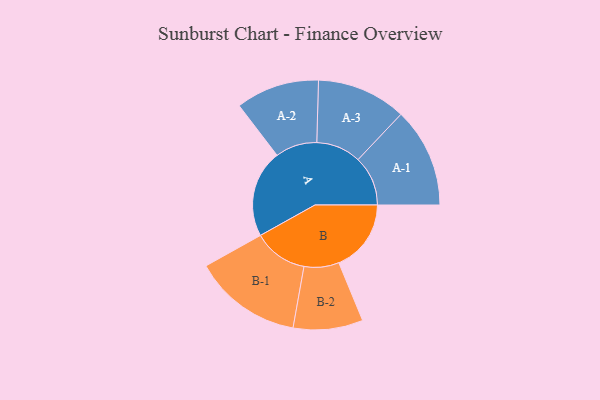
{"axis": {"x": "Segment", "y": "Value"}, "legend": ["", "A", "B"], "data": [{"x": "A", "y": 432, "type": ""}, {"x": "B", "y": 357, "type": ""}, {"x": "A-1", "y": 246, "type": "A"}, {"x": "A-2", "y": 206, "type": "A"}, {"x": "A-3", "y": 221, "type": "A"}, {"x": "B-1", "y": 268, "type": "B"}, {"x": "B-2", "y": 172, "type": "B"}]}